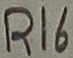
Text: R16